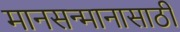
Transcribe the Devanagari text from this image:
मानसन्मानासाठी